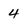
Character: 4